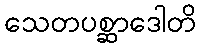
သေတပစ္ဆာဒေါတိ